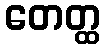
တေတ္ထ